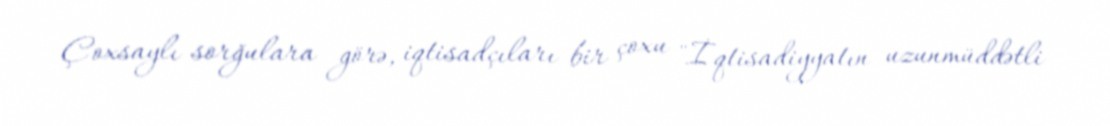
Çoxsaylı sorğulara görə, iqtisadçıları bir çoxu "İqtisadiyyatın uzunmüddətli